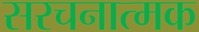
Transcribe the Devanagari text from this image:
सरचनात्मक